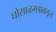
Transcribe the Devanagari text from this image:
घोसाळगडाकडून